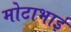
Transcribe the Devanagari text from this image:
मोटाभाई